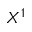
X ^ { 1 }